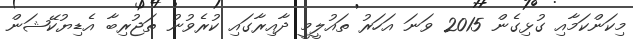
މިކަންކަމާއި ގުޅިގެން 2015 ވަނަ އަަހަރު ތައުލީމީ ދާއިރާގައި ކުރެވުނު ތަޖުރިބާ އެޑިޔުކޭޝަން